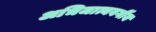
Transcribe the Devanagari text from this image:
अभिजात्यवर्गीय